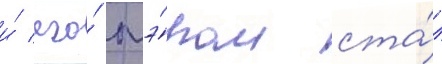
и́ его́ мэ́ром ста́л